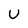
Character: U